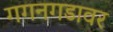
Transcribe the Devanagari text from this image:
गगनगडावर